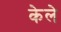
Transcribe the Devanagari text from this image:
केले